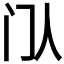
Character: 𬮘